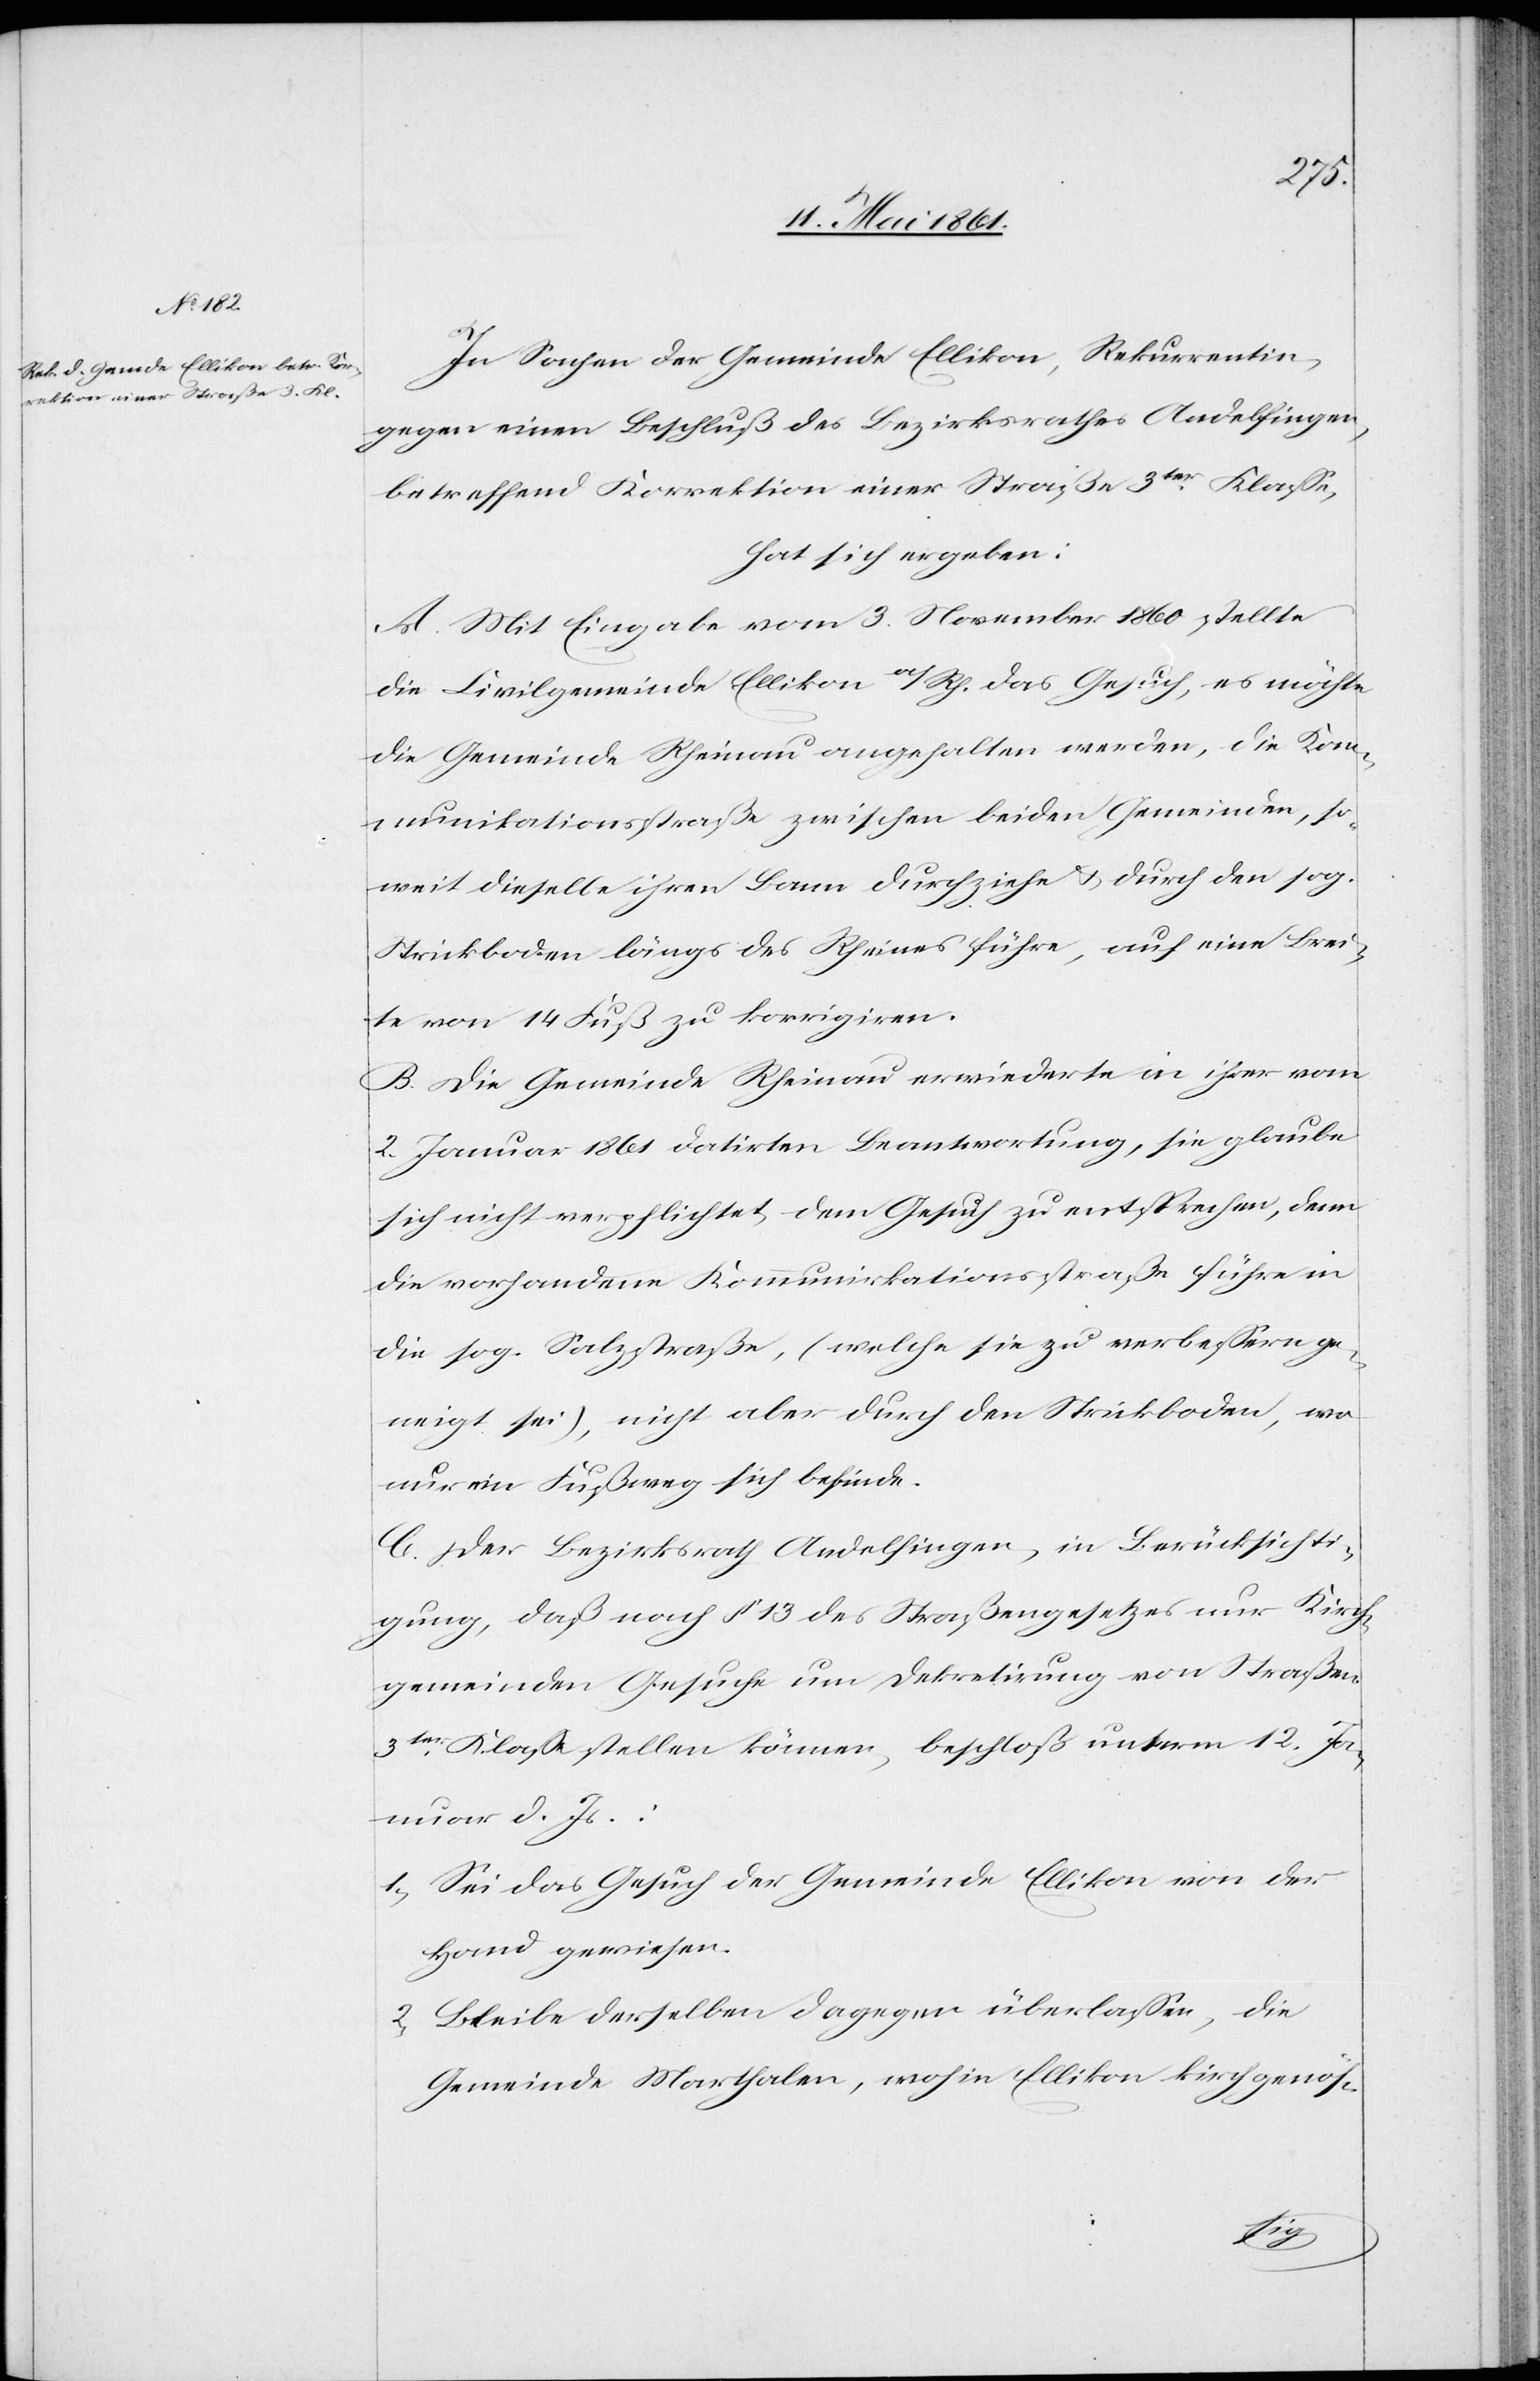
In Sachen der Gemeinde Ellikon, Rekurrentin,
gegen einen Beschluß des Bezirksrathes Andelfingen,
betreffend Korrektion einer Straße 3ter Klasse,
hat sich ergeben:
A. Mit Eingabe vom 3. November 1860 stellte
die Civilgemeinde Ellikon a/Rh. das Gesuch, es möchte
die Gemeinde Rheinau angehalten werden, die Kom¬
munikationsstraße zwischen beiden Gemeinden, so¬
weit dieselbe ihren Bann durchziehe u. durch den sog.
Strickboden längs des Rheines führe, auf eine Brei¬
te von 14 Fuß zu korrigiren.
B. Die Gemeinde Rheinau erwiederte in ihrer vom
2. Januar 1861 datirten Beantwortung, sie glaubte
sich nicht verpflichtet, dem Gesuch zu entsprechen, denn
die vorhandene Kommunikationsstraße führe in
die sog. Salzstraße, (welche sie zu verbessern ge¬
neigt sei), nicht aber durch den Strickboden, wo
nur ein Fußweg sich befinde.
C. Der Bezirksrath Andelfingen, in Berücksichti¬
gung, daß nach § 13 des Straßengesetzes nur Kirch¬
gemeinden Gesuche um Dekretirung von Straßen
3ter Klasse stellen können, beschloß unterm 12. Ja¬
nuar d. Js.:
1) Sei das Gesuch der Gemeinde Ellikon von der
Hand gewiesen.
2) Bleibe derselben dagegen überlassen, die
Gemeinde Marthalen, wohin Ellikon kirchgenös-